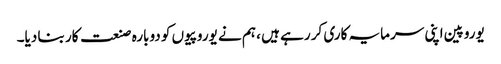
یوروپین اپنی سرمایہ کاری کر رہے ہیں ، ہم نے یوروپیوں کو دوبارہ صنعت کار بنا دیا۔